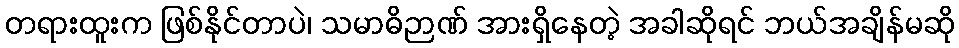
တရားထူးက ဖြစ်နိုင်တာပဲ၊ သမာဓိဉာဏ် အားရှိနေတဲ့ အခါဆိုရင် ဘယ်အချိန်မဆို